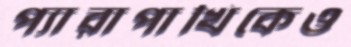
প্যারাপাখিকেও